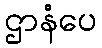
ဌာနံပေ